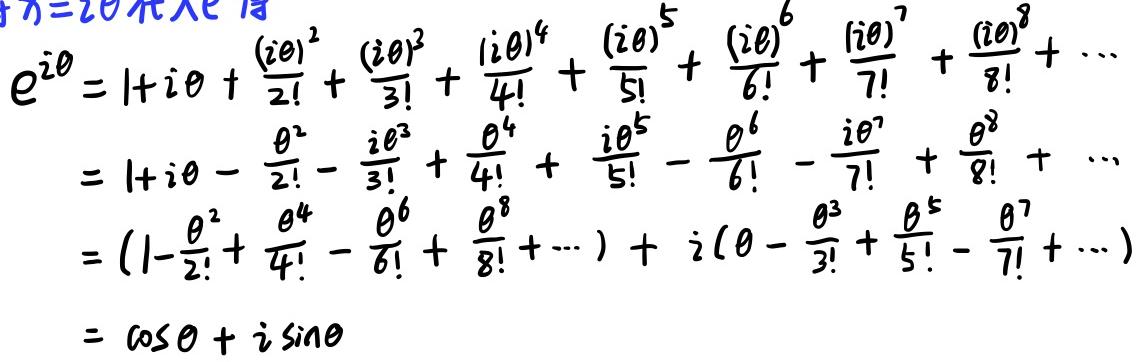
\[
\begin{align*}
e^{i\theta}&=1 + i\theta+\frac{(i\theta)^2}{2!}+\frac{(i\theta)^3}{3!}+\frac{(i\theta)^4}{4!}+\frac{(i\theta)^5}{5!}+\frac{(i\theta)^6}{6!}+\frac{(i\theta)^7}{7!}+\frac{(i\theta)^8}{8!}+\cdots\\
&=1 + i\theta-\frac{\theta^2}{2!}-\frac{i\theta^3}{3!}+\frac{\theta^4}{4!}+\frac{i\theta^5}{5!}-\frac{\theta^6}{6!}-\frac{i\theta^7}{7!}+\frac{\theta^8}{8!}+\cdots\\
&=(1-\frac{\theta^2}{2!}+\frac{\theta^4}{4!}-\frac{\theta^6}{6!}+\frac{\theta^8}{8!}+\cdots)+i(\theta-\frac{\theta^3}{3!}+\frac{\theta^5}{5!}-\frac{\theta^7}{7!}+\cdots)\\
&=\cos\theta + i\sin\theta
\end{align*}
\]